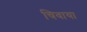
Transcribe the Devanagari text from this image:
चिवाया